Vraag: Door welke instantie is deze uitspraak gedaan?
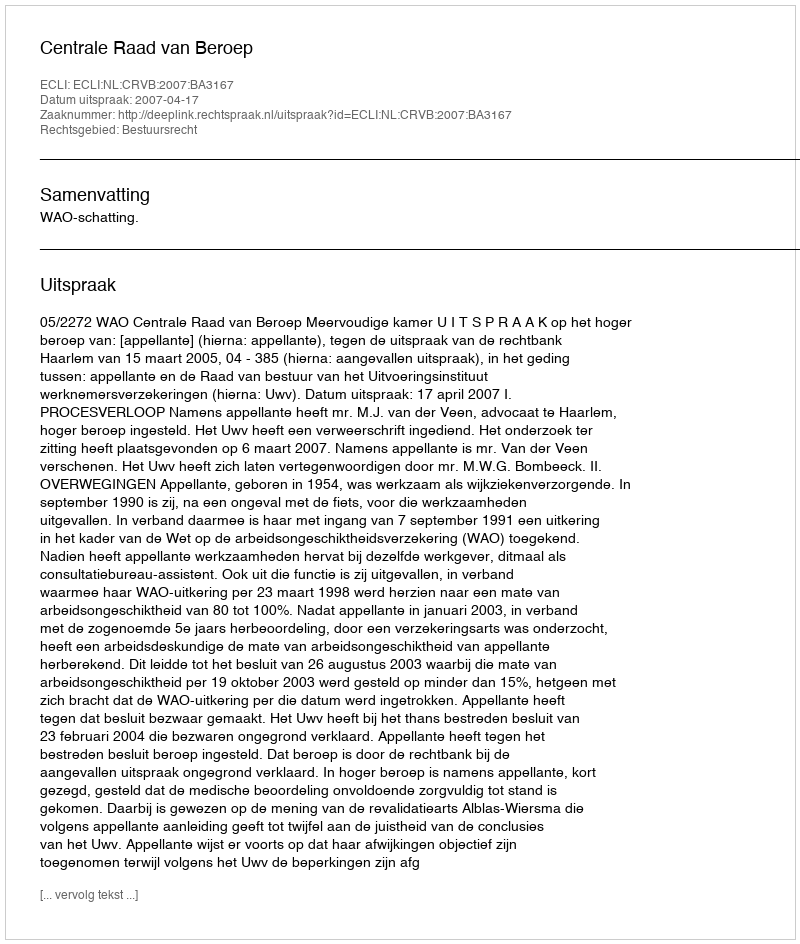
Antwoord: Centrale Raad van Beroep